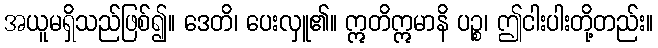
အယူမရှိသည်ဖြစ်၍။ ဒေတိ၊ ပေးလှူ၏။ ဣတိဣမာနိ ပဉ္စ၊ ဤငါးပါးတို့တည်း။